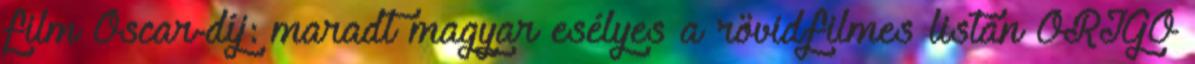
film Oscar-díj: maradt magyar esélyes a rövidfilmes listán ORIGO